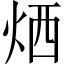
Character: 𤈇